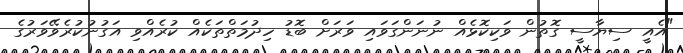
"އެއީ ސިޔާސީ ގޮތުން ވަކިކޮޅެއް ނުނަންގަވައި ވަރަށް ބޮޑު ހިދުމަތްތަކެއް ކުރެއްވި އަގުނުކުރެވޭވަރުގެ